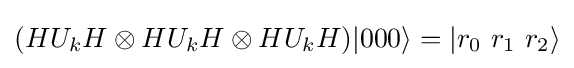
(HU_{k}H\otimes HU_{k}H\otimes HU_{k}H)|000\rangle =|r_{0}\ r_{1}\ r_{2}\rangle